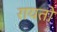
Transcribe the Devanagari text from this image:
रायतो